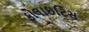
કોલાઇટિસ